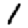
Digit: 1